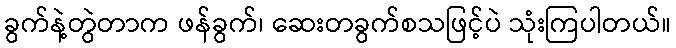
ခွက်နဲ့တွဲတာက ဖန်ခွက်၊ ဆေးတခွက်စသဖြင့်ပဲ သုံးကြပါတယ်။